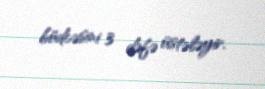
büdcəsini 3 dəfə üstələyir.